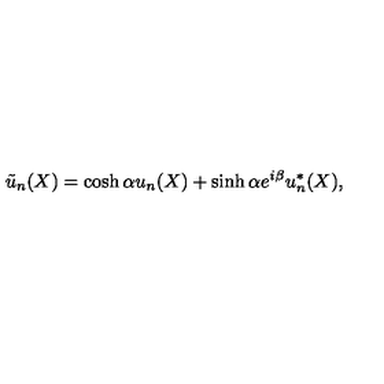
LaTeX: { \tilde { u } } _ { n } ( X ) = \cosh \alpha u _ { n } ( X ) + \sinh \alpha e ^ { i \beta } u _ { n } ^ { * } ( X ) ,